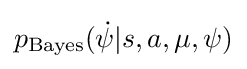
p_{\text{Bayes}}({\dot {\psi }}|s,a,\mu ,\psi )